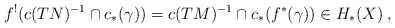
\begin{align*} f^!(c(TN)^{-1} \cap c_*(\gamma)) = c(TM)^{-1} \cap c_*(f^*(\gamma)) \in H_*(X)\:,\end{align*}